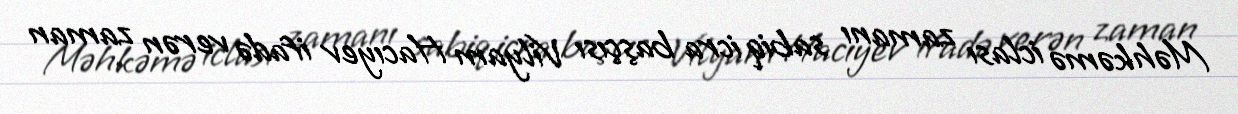
Məhkəmə iclası zamanı sabiq icra başçısı Vilyam Hacıyev ifadə verən zaman